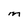
Character: M